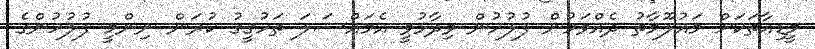
މީޑިއާތަކަށް މައުލޫމާތު ދެއްވަމުން ފުލުހުން ވިދާޅުވީ އެމައްސަލަ ތަހުގީގު ކުރަން ނިންމީ ފުލުހުންގެ